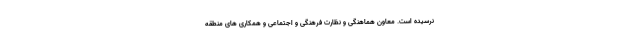
نرسیده است. معاون هماهنگی و نظارت فرهنگی و اجتماعی و همکاری های منطقه